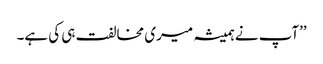
’’آپ نے ہمیشہ میری مخالفت ہی کی ہے۔